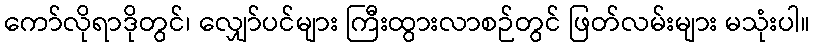
ကော်လိုရာဒိုတွင်၊ လျှော်ပင်များ ကြီးထွားလာစဉ်တွင် ဖြတ်လမ်းများ မသုံးပါ။